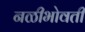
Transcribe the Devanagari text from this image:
नळीभोवती